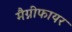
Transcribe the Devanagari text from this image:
मैग्नीफायर